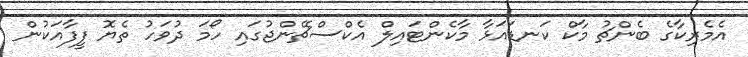
އެމެރިކާގެ ބެންޗު މާކް ކަނޑައަޅާ މާކެންޓައިލް އެކްސްޗޭންޖުގައި ހޯމަ ދުވަހު ތެޔޮ ފީފާއަކުން